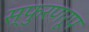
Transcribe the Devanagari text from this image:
स्फुरणरूप